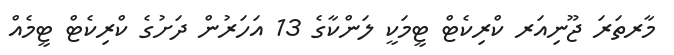
މާރތަރަ ޖޫނިއަރ ކްރިކެޓް ޓީމަކީ ލަންކާގެ 13 އަހަރުން ދަށުގެ ކްރިކެޓް ޓީމެއް